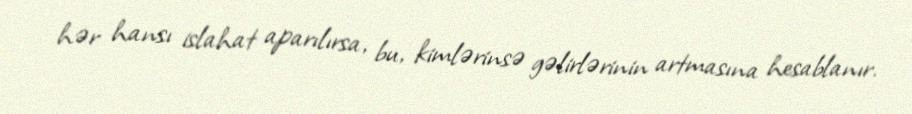
hər hansı islahat aparılırsa, bu, kimlərinsə gəlirlərinin artmasına hesablanır.